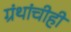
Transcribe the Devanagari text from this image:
ग्रंथांचीही